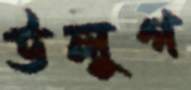
উলুগ